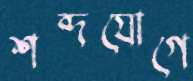
শব্দযোগে